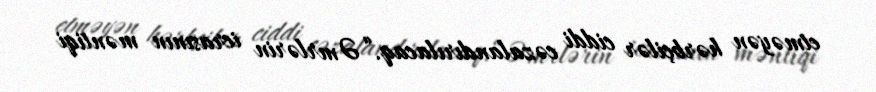
etməyən hərbçilər ciddi cəzalandırılacaq.“Əmrlərin icrasının məntiqi